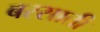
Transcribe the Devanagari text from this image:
बरसातीं